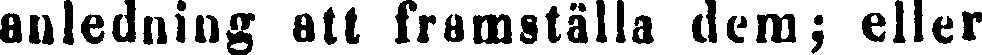
anledning att framställa dem; eller